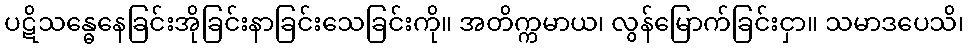
ပဋိသန္ဓေနေခြင်းအိုခြင်းနာခြင်းသေခြင်းကို။ အတိက္ကမာယ၊ လွန်မြောက်ခြင်းငှာ။ သမာဒပေသိ၊